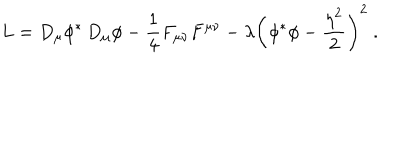
L = D _ { \mu } \phi ^ { * } \, D _ { \mu } \phi - { \frac { 1 } { 4 } } F _ { \mu \nu } F ^ { \mu \nu } - { \lambda } \left( \phi ^ { * } \phi - { \frac { \eta ^ { 2 } } { 2 } } \right) ^ { 2 } \ .